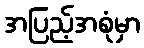
အပြည့်အစုံမှာ